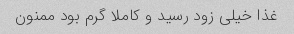
غذا خیلی زود رسید و کاملا گرم بود ممنون